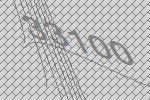
33100